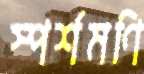
স্পর্শমণি